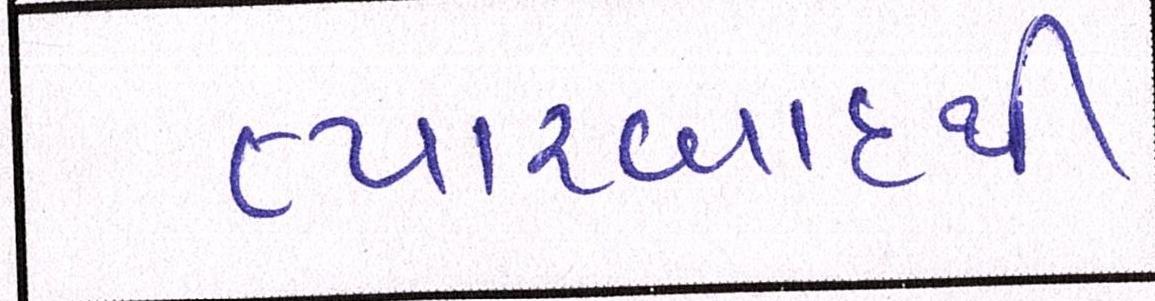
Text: ત્યારબાદથી